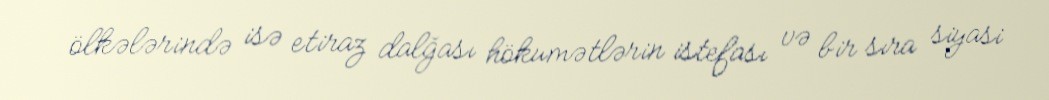
ölkələrində isə etiraz dalğası hökumətlərin istefası və bir sıra siyasi